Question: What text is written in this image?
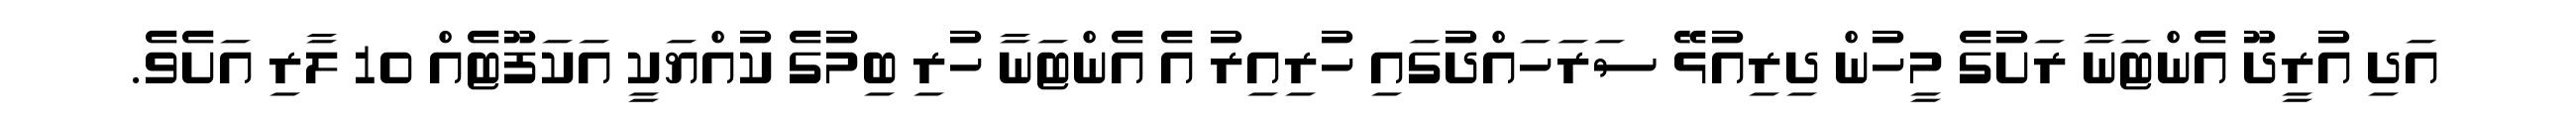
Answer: އަދި އުރީދޫ އެންޓަނާ ރަށުގެ މީހުން ދިރިއުޅޭ ސަރަހައްދުގައި ހުރިއިރު އެ އެންޓަނާ ހުރި ބިމުގެ ކުއްޔަކީ އަކަފޫޓެއް 10 ލާރި އަށެވެ.